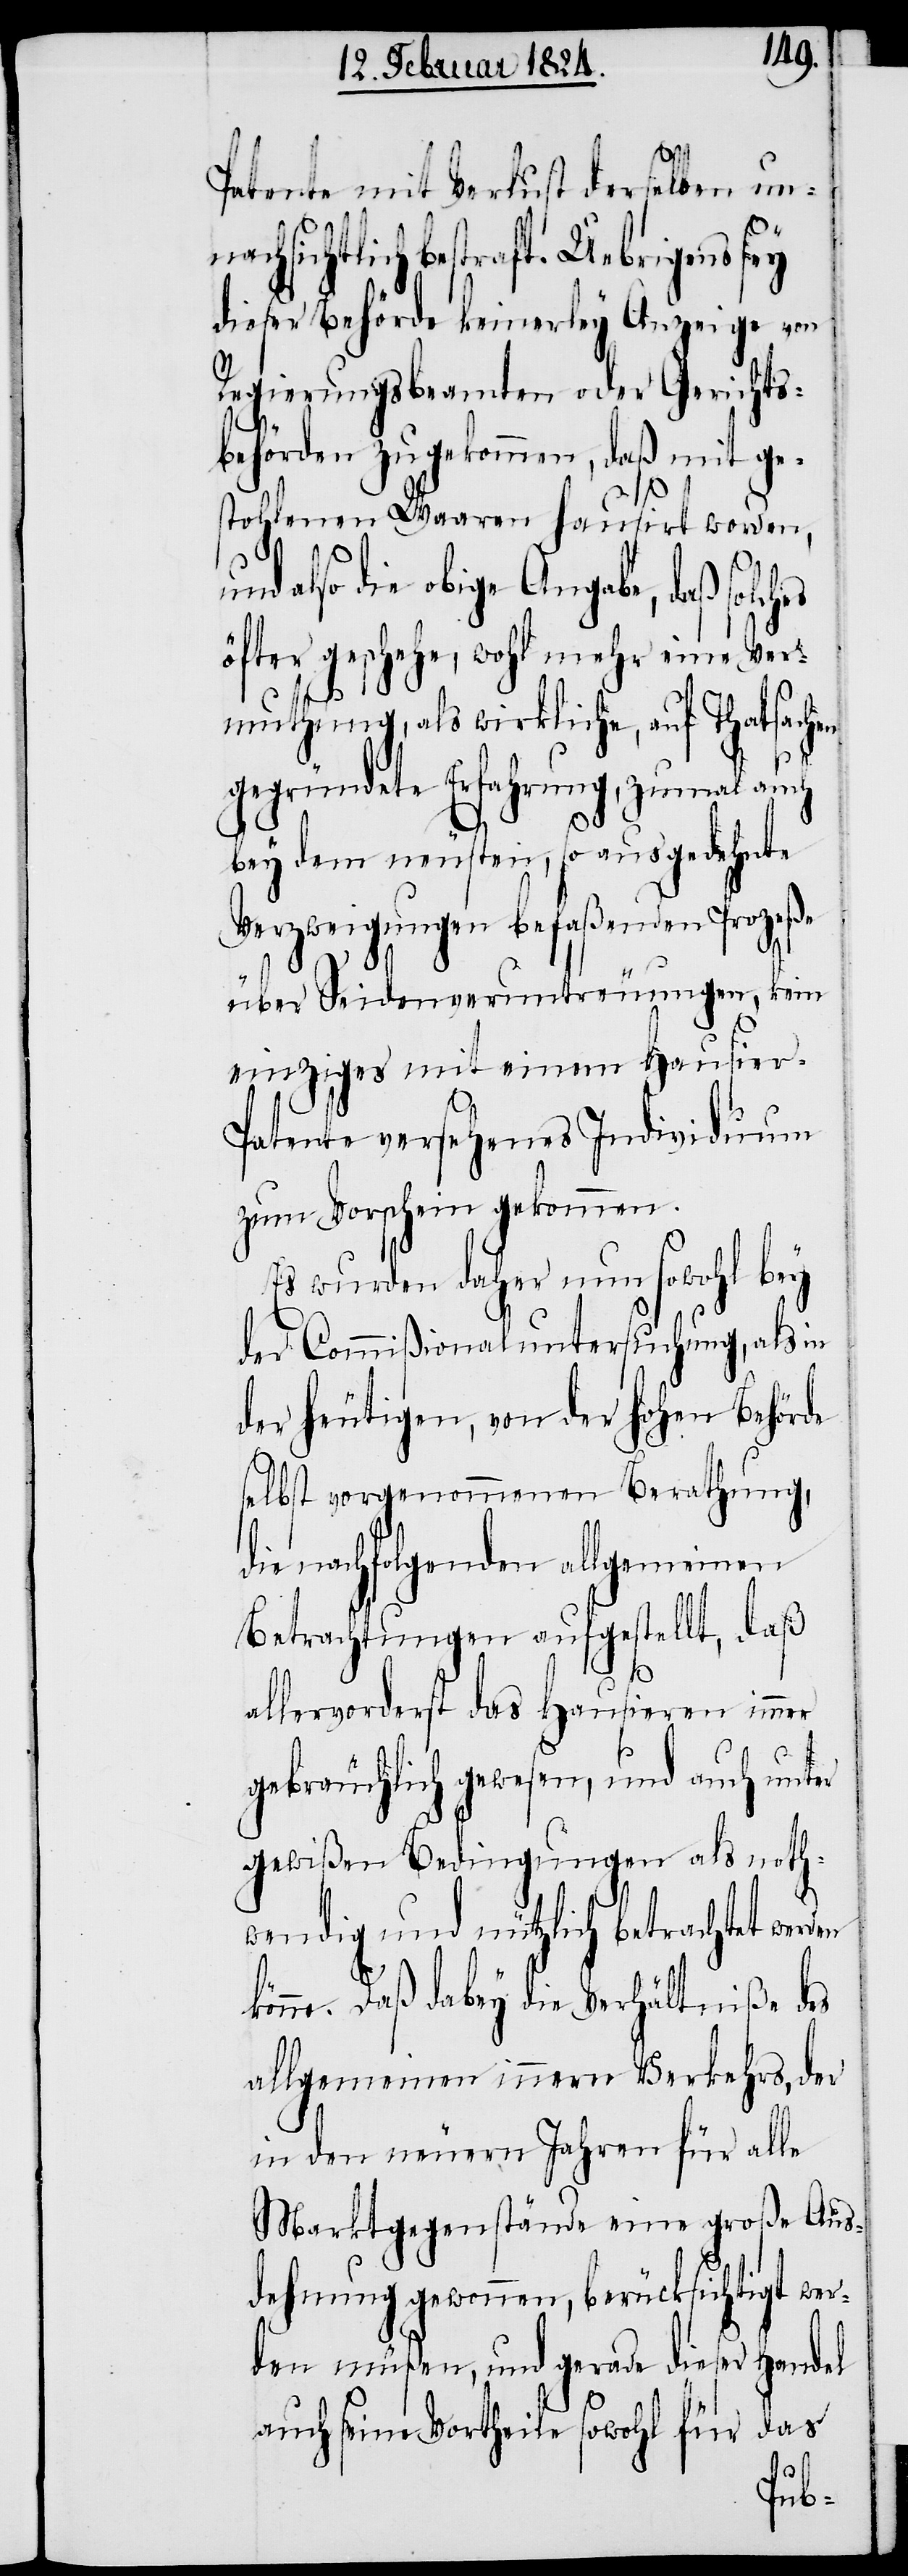
Patente mit Verlust derselben unn¬
achsichtlich bestraft. Uebrigens sey
dieser Behörde keinerley Anzeige von
Regierungsbeamten oder Gerichts¬
behörden zugekommen, daß mit ge¬
stohlenen Waaren hausirt worden,
und also die obige Angabe, daß solches
öfter geschehe, wohl mehr eine Ver¬
muthung, als wirkliche, auf Thatsachen
gegründete Erfahrung, zumal auch
bey dem neusten, so ausgedehnte
Verzweigungen befaßenden Prozeße
oder Seidenveruntreuungen, kein
einziges mit einem Hausier-P¬
atente versehenes Individuum
zum Vorschein gekommen.
Es wurden daher nun sowohl bey
der Commißionaluntersuchung, als in
der heutigen, von der hohen Behörde
selbst vorgenommenen Berathung,
die nachfolgenden allgemeinen
Betrachtungen aufgestellt, daß
allervorderst das Hausieren immer
gebräuchlich gewesen, und auch unter
gewißen Bedingungen als noth¬
wendig und nützlich betrachtet wer¬
den
könne. Daß dabey die Verhältniße des
allgemeinen innern Verkehrs, der
in den neuern Jahren für alle
Marktgegenstände eine große Aus¬
dehnung gewonnen, berücksichtigt wer¬
den müßen, und gerade dieser Handel
auch seine Vortheile sowohl für das